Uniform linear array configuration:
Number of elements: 8
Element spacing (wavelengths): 0.75
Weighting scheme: binomial
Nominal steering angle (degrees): -30
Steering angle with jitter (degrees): -31.394
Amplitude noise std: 0.05
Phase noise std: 0.05

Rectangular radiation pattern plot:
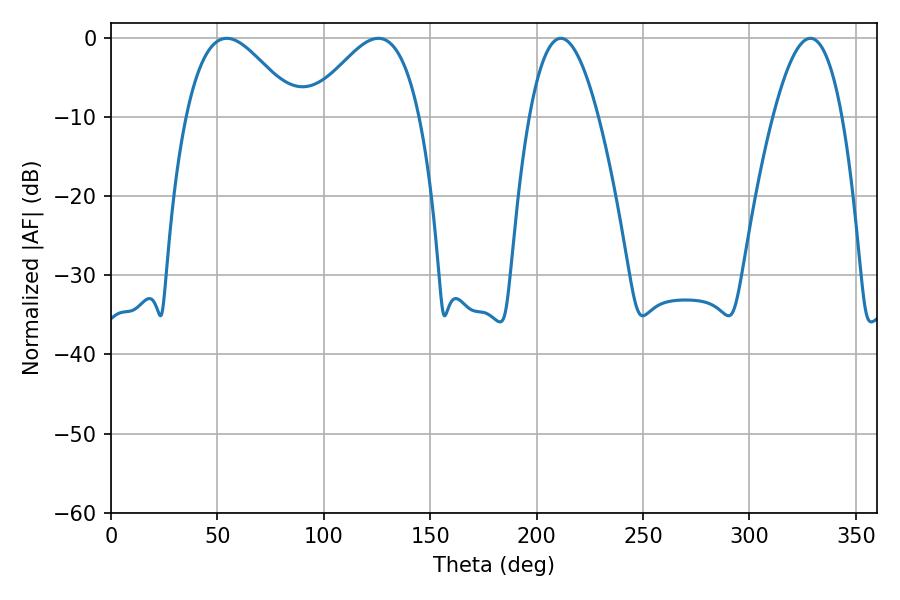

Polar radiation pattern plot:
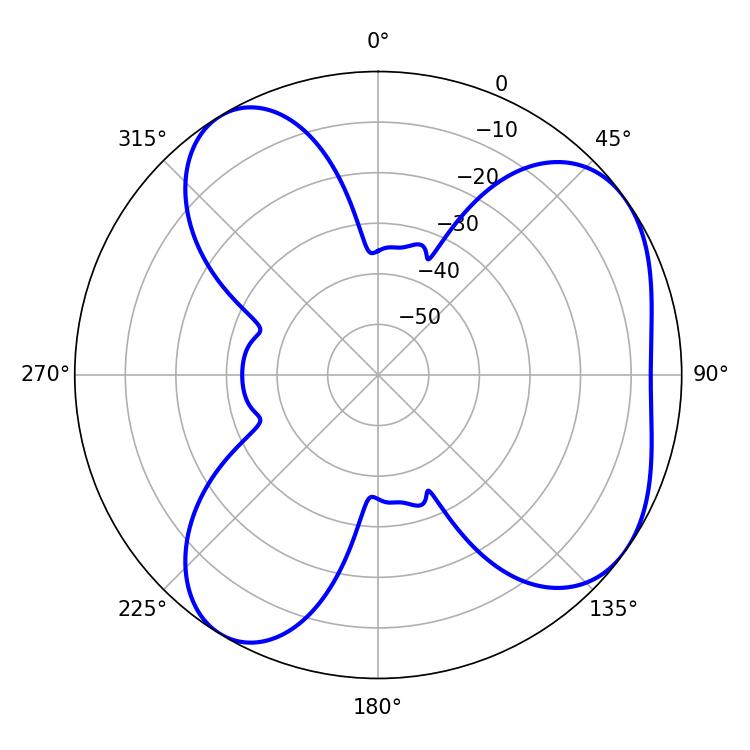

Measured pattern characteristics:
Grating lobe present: TRUE
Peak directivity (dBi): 5.544
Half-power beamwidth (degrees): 27.9
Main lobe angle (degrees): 54.36